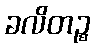
ခလိတဉ္စ